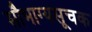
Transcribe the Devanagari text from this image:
सौभाग्यसूचक